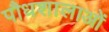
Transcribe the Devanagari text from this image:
पौधशालाओं